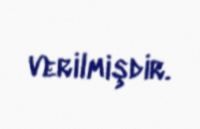
verilmişdir.